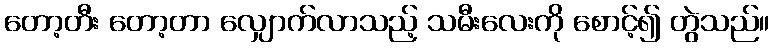
တော့တီး တော့တာ လျှောက်လာသည့် သမီးလေးကို စောင့်၍ တွဲသည်။